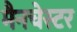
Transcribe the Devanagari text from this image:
मैनचेस्‍टर